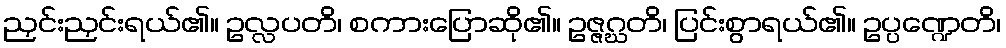
ညှင်းညှင်းရယ်၏။ ဥလ္လပတိ၊ စကားပြောဆို၏။ ဥဇ္ဇဂ္ဃတိ၊ ပြင်းစွာရယ်၏။ ဥပ္ပဏ္ဍေတိ၊